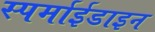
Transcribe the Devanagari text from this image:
स्पर्माईडाइन